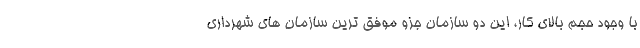
با وجود حجم بالای کار، این دو سازمان جزو موفق ترین سازمان های شهرداری